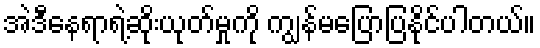
အဲဒီနေရာရဲ့ဆိုးယုတ်မှုကို ကျွန်မပြောပြနိုင်ပါတယ်။